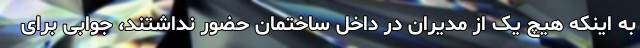
به اینکه هیچ یک از مدیران در داخل ساختمان حضور نداشتند، جوابی برای